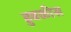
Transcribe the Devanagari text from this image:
हुबळीस